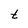
Character: t